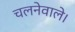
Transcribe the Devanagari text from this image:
चलनेवाले।